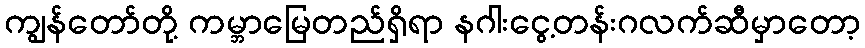
ကျွန်တော်တို့ ကမ္ဘာမြေတည်ရှိရာ နဂါးငွေ့တန်းဂလက်ဆီမှာတော့